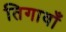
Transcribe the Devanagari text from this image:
तिगावाँ